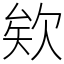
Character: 欸